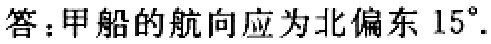
答：甲船的航向应为北偏东 \(15^{\circ}\).